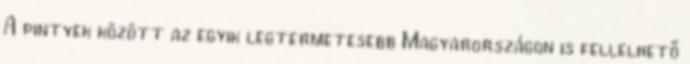
A pintyek között az egyik legtermetesebb Magyarországon is fellelhető